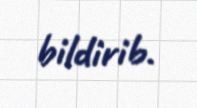
bildirib.